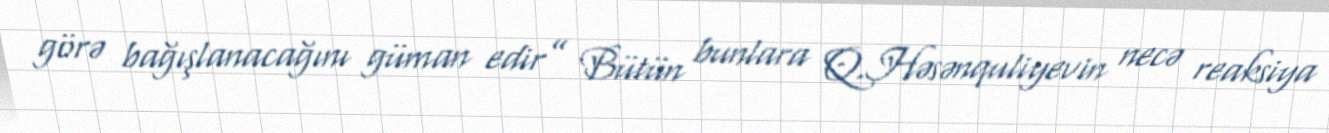
görə bağışlanacağını güman edir” Bütün bunlara Q.Həsənquliyevin necə reaksiya